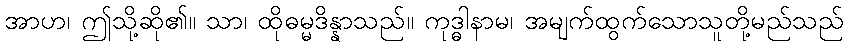
အာဟ၊ ဤသို့ဆို၏။ သာ၊ ထိုဓမ္မဒိန္နာသည်။ ကုဒ္ဓါနာမ၊ အမျက်ထွက်သောသူတို့မည်သည်